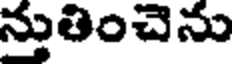
నుతించెను